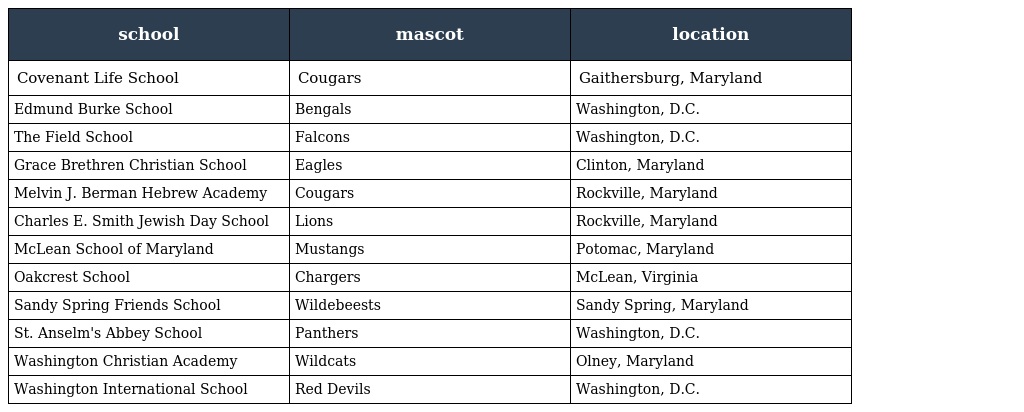
| school | mascot | location |
 | --- | --- | --- |
 | Covenant Life School | Cougars | Gaithersburg, Maryland |
 | Edmund Burke School | Bengals | Washington, D.C. |
 | The Field School | Falcons | Washington, D.C. |
 | Grace Brethren Christian School | Eagles | Clinton, Maryland |
 | Melvin J. Berman Hebrew Academy | Cougars | Rockville, Maryland |
 | Charles E. Smith Jewish Day School | Lions | Rockville, Maryland |
 | McLean School of Maryland | Mustangs | Potomac, Maryland |
 | Oakcrest School | Chargers | McLean, Virginia |
 | Sandy Spring Friends School | Wildebeests | Sandy Spring, Maryland |
 | St. Anselm's Abbey School | Panthers | Washington, D.C. |
 | Washington Christian Academy | Wildcats | Olney, Maryland |
 | Washington International School | Red Devils | Washington, D.C. |